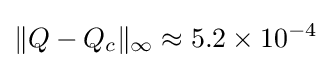
\|Q-Q_{c}\|_{\infty }\approx 5.2\times 10^{-4}